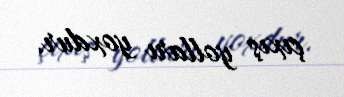
çıxış yolları yoxdur.